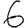
Digit: 6